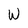
Character: W